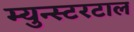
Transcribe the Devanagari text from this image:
म्युन्स्टरटाल